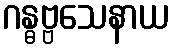
ဂန္ဓဗ္ဗသေနာယ